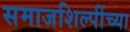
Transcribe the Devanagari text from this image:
समाजशिल्पींच्या